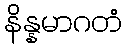
နိန္နမာဂတံ